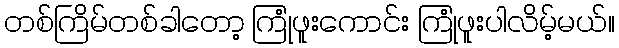
တစ်ကြိမ်တစ်ခါတော့ ကြုံဖူးကောင်း ကြုံဖူးပါလိမ့်မယ်။